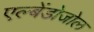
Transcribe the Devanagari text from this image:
एल्बेंडोजोल